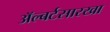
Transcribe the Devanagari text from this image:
अॅल्बर्टसारखा